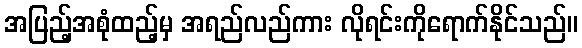
အပြည့်အစုံထည့်မှ အရည်လည်ကား လိုရင်းကိုရောက်နိုင်သည်။